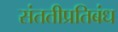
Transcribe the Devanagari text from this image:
संततीप्रतिबंध